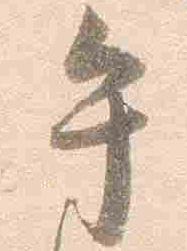
午